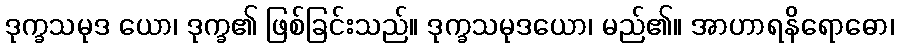
ဒုက္ခသမုဒ ယော၊ ဒုက္ခ၏ ဖြစ်ခြင်းသည်။ ဒုက္ခသမုဒယော၊ မည်၏။ အာဟာရနိရောဓော၊